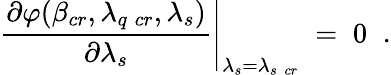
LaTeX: \left.\frac{\partial\varphi(\beta_{cr},\lambda_{q\; cr},\lambda_{s})}{\partial\lambda_{s}}\right|_{\lambda_{s}=\lambda_{s\; cr}}\; =\; 0\; \; .